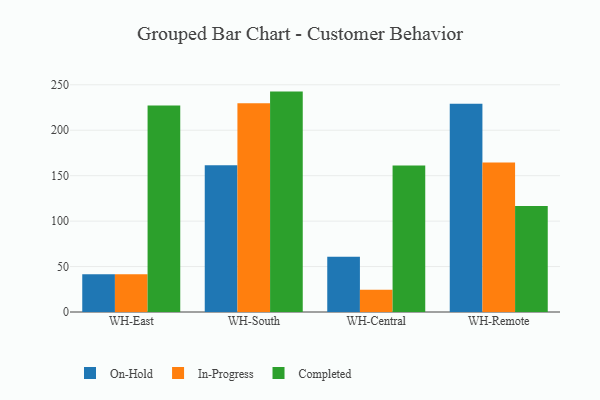
{"axis": {"x": "Warehouse", "y": "Inventory Turnover"}, "legend": ["Completed", "In-Progress", "On-Hold"], "data": [{"x": "WH-East", "y": 41.6, "type": "On-Hold"}, {"x": "WH-East", "y": 41.4, "type": "In-Progress"}, {"x": "WH-East", "y": 227.1, "type": "Completed"}, {"x": "WH-South", "y": 161.5, "type": "On-Hold"}, {"x": "WH-South", "y": 229.6, "type": "In-Progress"}, {"x": "WH-South", "y": 242.5, "type": "Completed"}, {"x": "WH-Central", "y": 60.8, "type": "On-Hold"}, {"x": "WH-Central", "y": 24.5, "type": "In-Progress"}, {"x": "WH-Central", "y": 161.1, "type": "Completed"}, {"x": "WH-Remote", "y": 229.0, "type": "On-Hold"}, {"x": "WH-Remote", "y": 164.5, "type": "In-Progress"}, {"x": "WH-Remote", "y": 116.6, "type": "Completed"}]}